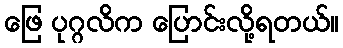
ဖြေ ပုဂ္ဂလိက ပြောင်းလို့ရတယ်။